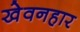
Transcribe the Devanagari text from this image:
खेवनहार